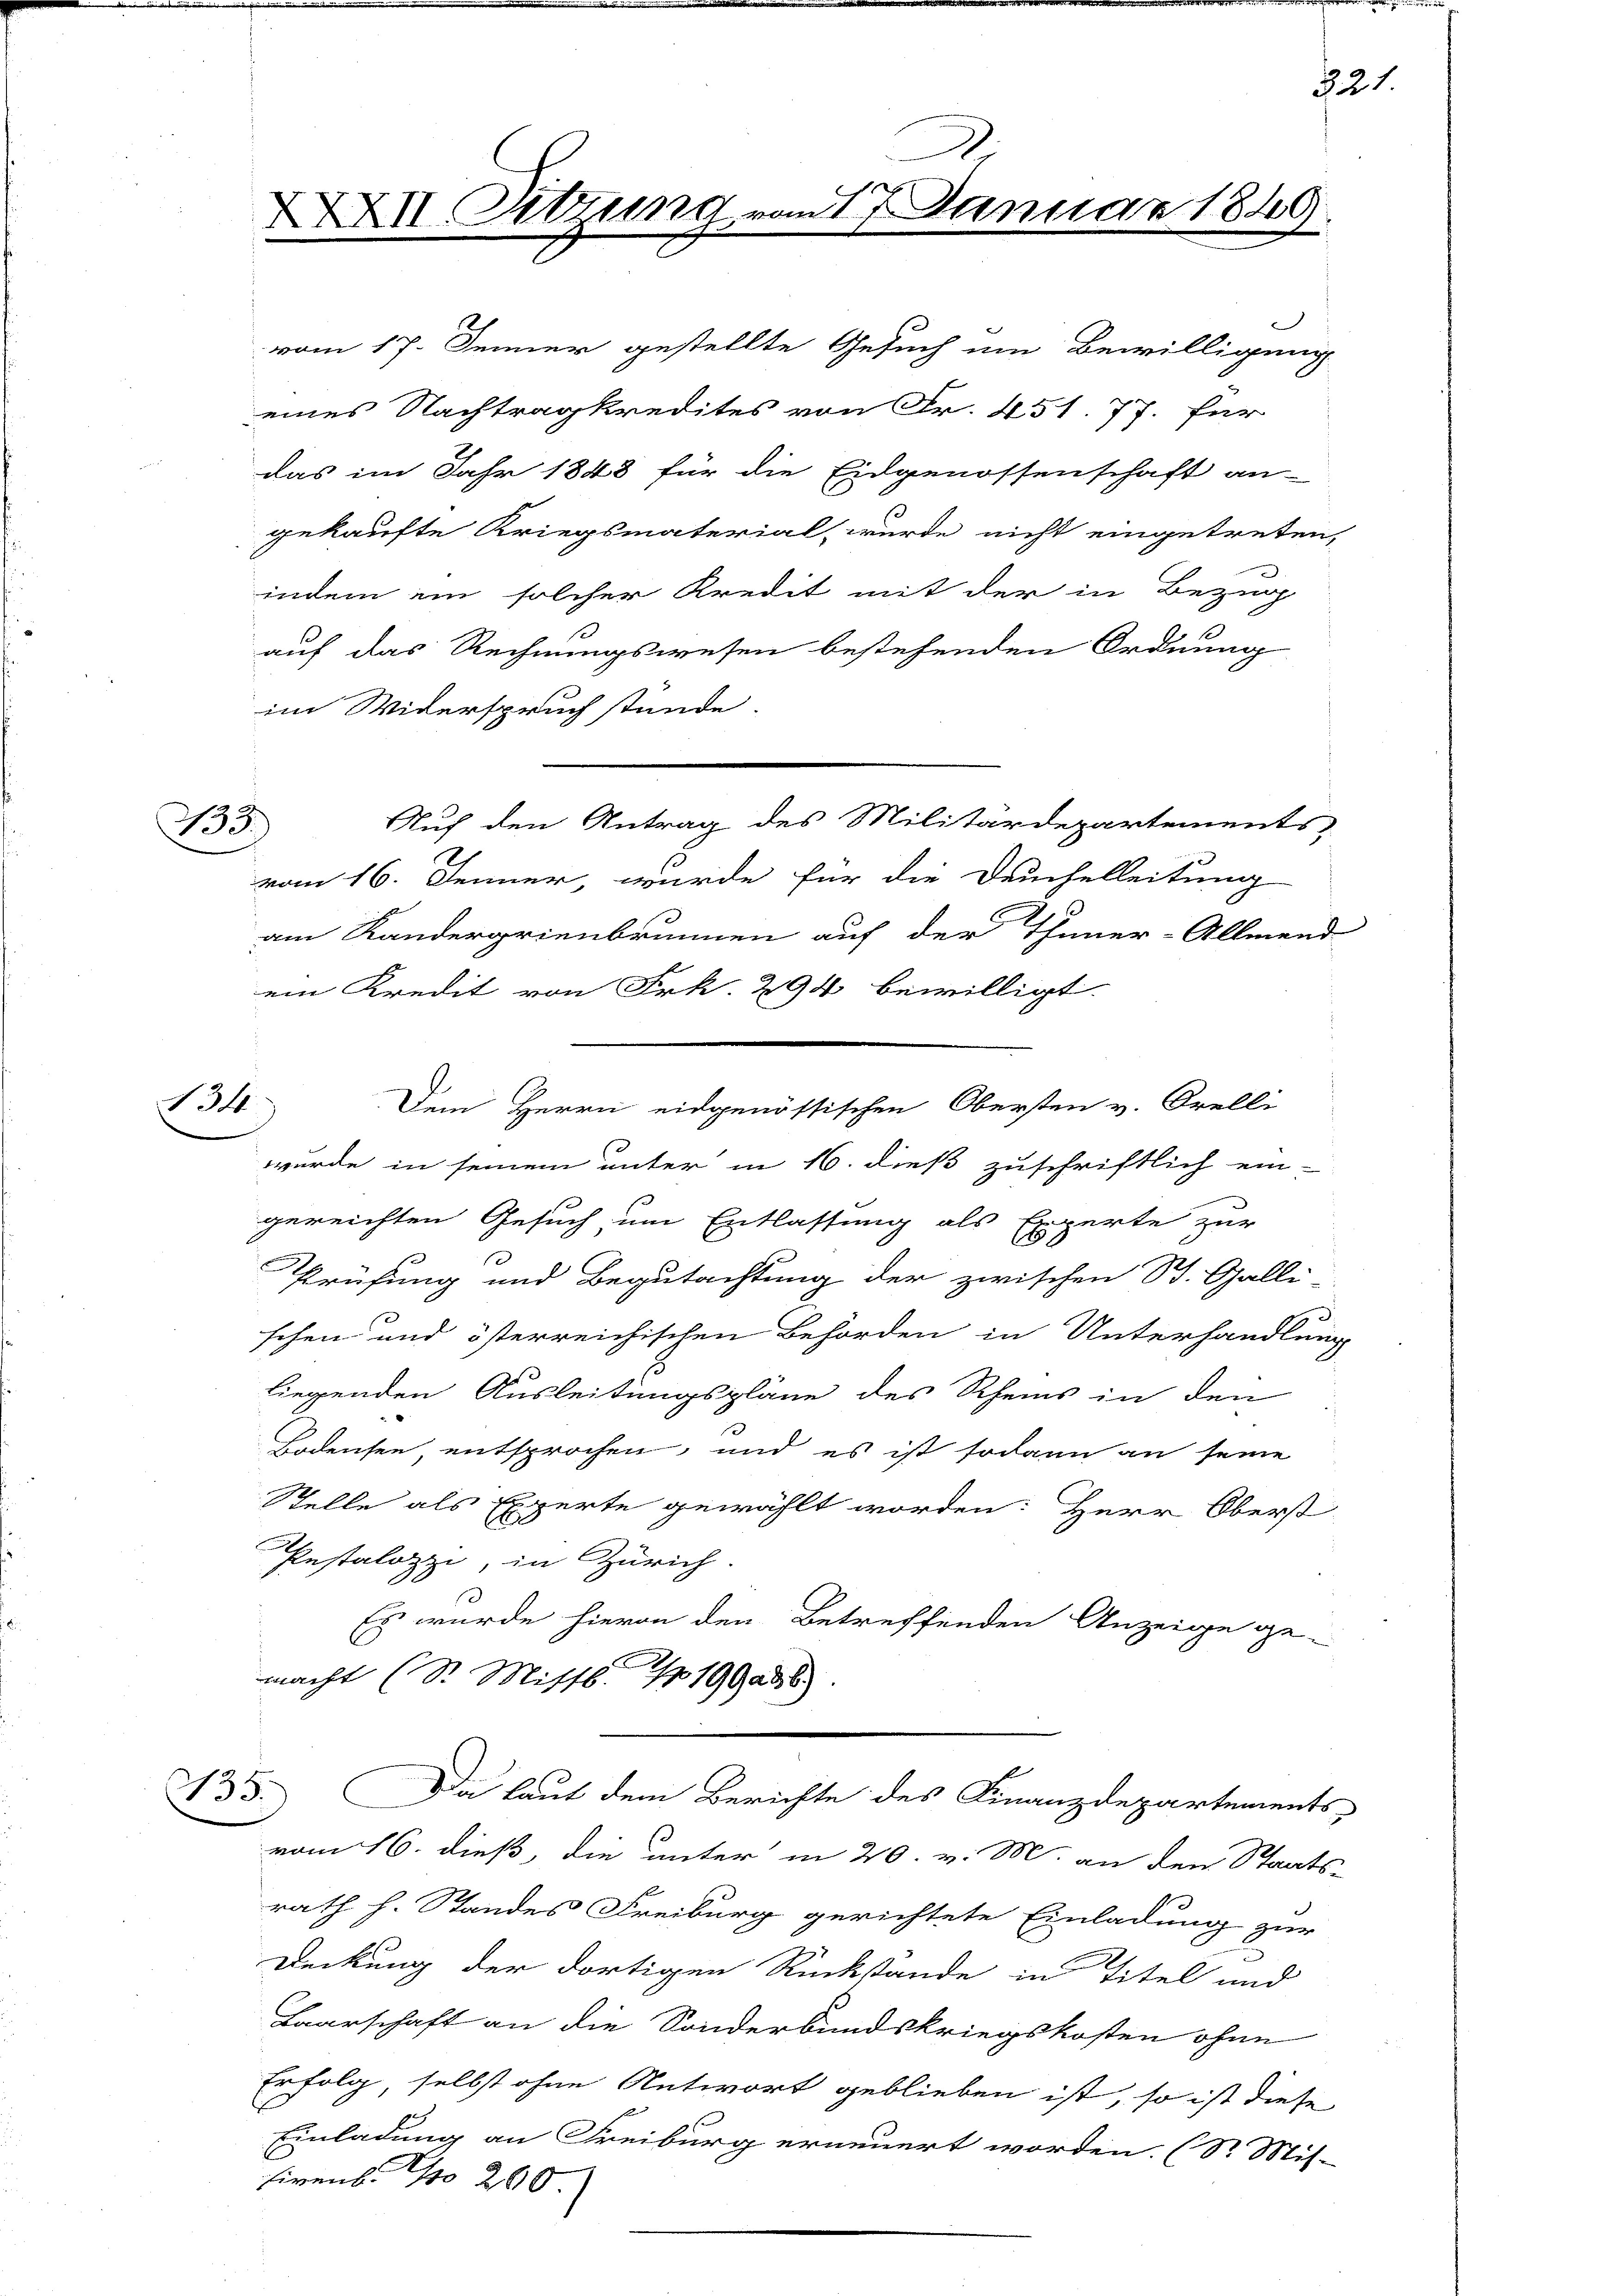
133)

14

XXII Sitzung vom 17. Januar 1849

auf das Rechnungswesen bestehenden Ordnung
im Widerspruch stande.
Auf den Antrag des Militärdepartements
vom 16. Jenner, wurde für die Deuchelleitung
am Kandergrienbrunnen auf der Thuner-Allmend
ein Kredit von Frk. 294 bewilligt.
wurde in seinem unter in 16. dieß zuschriftlich ein-
gereichten Gesuch um Entlassung als Experte zur
Prüfung und Begutachtung der zwischen St. Galle-
schen und österreichischen Behörden in Unterhandlung
liegenden Ausleitungspläne des Rheins in den
Bodensee, entsprochen, und es ist sodann an seine
Stelle als Experte gewählt worden. Herr Oberst
Pestalozzi, in Zürich.
Es wurde hievon den Betreffenden Anzeige ge-
macht (S. Missb. 119946)
135
C
Da laut dem Berichte des Finanzdepartements
vom 16. dieß, die unter in 20. v. M. an den Staats-
rath h. Standes Freiburg gerichtete Einladung zur
Deckung der dortigen Rückstände in Titel und
Baarschaft an die Sonderbundskriegskosten ohne
Erfolg, selbst ohne Antwort geblieben ist, so ist diese
Einladung an Freiburg erneuert worden. (Dr. Mit-
hirens. No 200.

vom 17. Jenner gestellte Gesuch um Bewilligung
eines Nachtragkredites von Fr. 451. 77. für
das im Jahr 1848 für die Eidgenossenschaft an-
gekaufte Kriegsmaterial, wurde nicht eingetreten,
indem ein solcher Kredit mit der in Bezing

.

Dem Herrn eidgenössischen Obersten v. Orelli

221